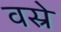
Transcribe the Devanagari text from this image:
वस्रे